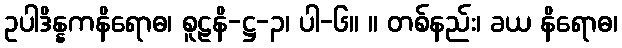
ဥပါဒိန္နကနိရောဓ၊ စူဠနိ-ဋ္ဌ-၃၊ ပါ-၆။ ။ တစ်နည်း၊ ခယ နိရောဓ၊